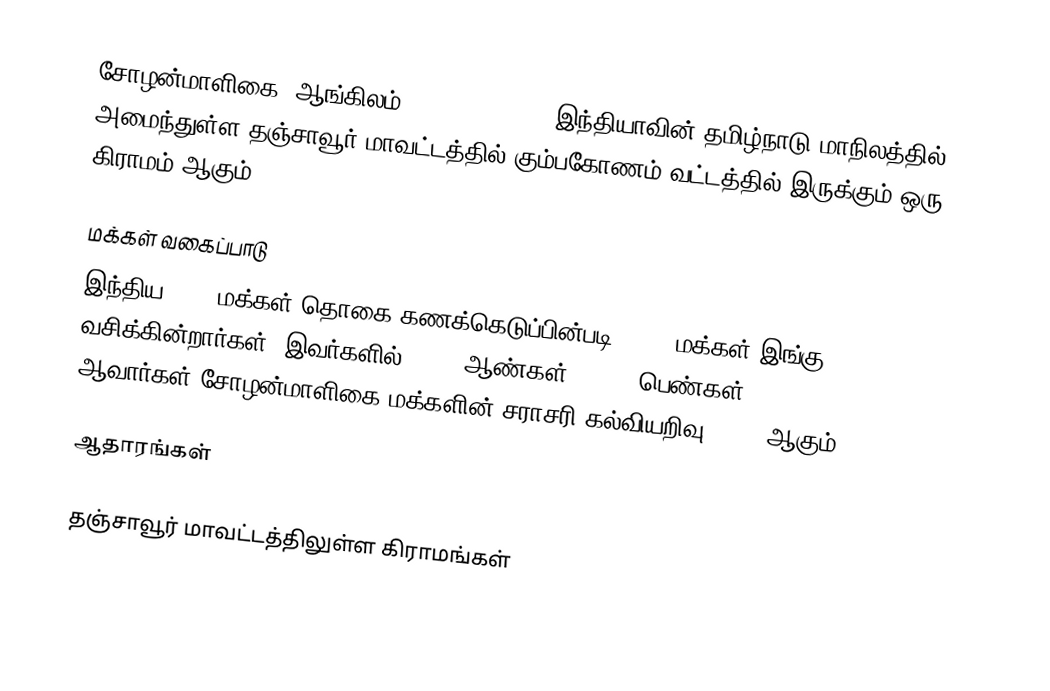
சோழன்மாளிகை  (ஆங்கிலம்: Sholamaligai), இந்தியாவின் தமிழ்நாடு மாநிலத்தில் அமைந்துள்ள தஞ்சாவூர் மாவட்டத்தில்   கும்பகோணம் வட்டத்தில் இருக்கும்  ஒரு கிராமம் ஆகும்.

மக்கள் வகைப்பாடு
இந்திய 2001 மக்கள் தொகை கணக்கெடுப்பின்படி 4,970 மக்கள் இங்கு வசிக்கின்றார்கள்.  இவர்களில் 2,475 ஆண்கள், 2,495 பெண்கள் ஆவார்கள்.சோழன்மாளிகை மக்களின் சராசரி கல்வியறிவு 74.5% ஆகும்.

ஆதாரங்கள்

தஞ்சாவூர் மாவட்டத்திலுள்ள கிராமங்கள்